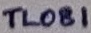
Text: TL081